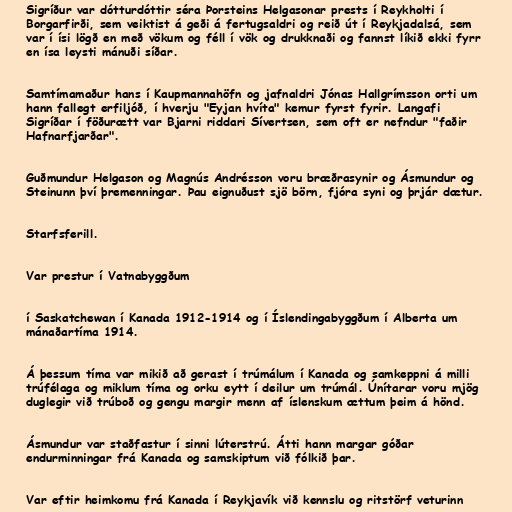
Sigríður var dótturdóttir séra Þorsteins Helgasonar prests í Reykholti í
Borgarfirði, sem veiktist á geði á fertugsaldri og reið út í Reykjadalsá, sem
var í ísi lögð en með vökum og féll í vök og drukknaði og fannst líkið ekki fyrr
en ísa leysti mánuði síðar.

Samtímamaður hans í Kaupmannahöfn og jafnaldri Jónas Hallgrímsson orti um
hann fallegt erfiljóð, í hverju "Eyjan hvíta" kemur fyrst fyrir. Langafi
Sigríðar í föðurætt var Bjarni riddari Sívertsen, sem oft er nefndur "faðir
Hafnarfjarðar".

Guðmundur Helgason og Magnús Andrésson voru bræðrasynir og Ásmundur og
Steinunn því þremenningar. Þau eignuðust sjö börn, fjóra syni og þrjár dætur.

Starfsferill.

Var prestur í Vatnabyggðum

í Saskatchewan í Kanada 1912-1914 og í Íslendingabyggðum í Alberta um
mánaðartíma 1914.

Á þessum tíma var mikið að gerast í trúmálum í Kanada og samkeppni á milli
trúfélaga og miklum tíma og orku eytt í deilur um trúmál. Únítarar voru mjög
duglegir við trúboð og gengu margir menn af íslenskum ættum þeim á hönd.

Ásmundur var staðfastur í sinni lúterstrú. Átti hann margar góðar
endurminningar frá Kanada og samskiptum við fólkið þar.

Var eftir heimkomu frá Kanada í Reykjavík við kennslu og ritstörf veturinn